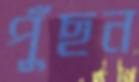
পুঁছন